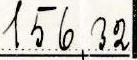
156,32